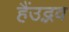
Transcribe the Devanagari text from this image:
हैंउद्भव